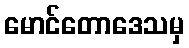
မောင်တောဒေသမှ